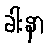
ခါးနာ